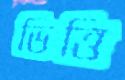
ভিত্তি